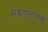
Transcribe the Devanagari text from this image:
ब्राह्मणभागमे